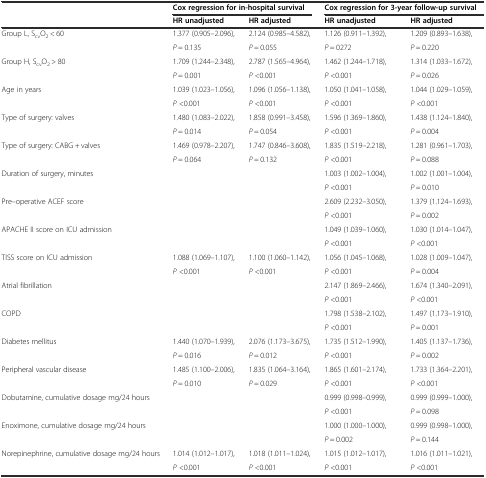
<table><thead><tr><td></td><td colspan="2"><b>Cox regression for in-hospital survival</b></td><td colspan="2"><b>Cox regression for 3-year follow-up survival</b></td></tr><tr><td></td><td><b>HR unadjusted</b></td><td><b>HR adjusted</b></td><td><b>HR unadjusted</b></td><td><b>HR adjusted</b></td></tr></thead><tbody><tr><td rowspan="2">Group L, S<sub>cv</sub>O<sub>2</sub> &lt; 60</td><td>1.377 (0.905–2.096),</td><td>2.124 (0.985–4.582),</td><td>1.126 (0.911–1.392),</td><td>1.209 (0.893–1.638),</td></tr><tr><td><i>P</i> = 0.135</td><td><i>P</i> = 0.055</td><td><i>P</i> = 0272</td><td><i>P</i> = 0.220</td></tr><tr><td rowspan="2">Group H, S<sub>cv</sub>O<sub>2</sub> &gt; 80</td><td>1.709 (1.244–2.348),</td><td>2.787 (1.565–4.964),</td><td>1.462 (1.244–1.718),</td><td>1.314 (1.033–1.672),</td></tr><tr><td><i>P</i> = 0.001</td><td><i>P</i> &lt;0.001</td><td><i>P</i> &lt;0.001</td><td><i>P</i> = 0.026</td></tr><tr><td rowspan="2">Age in years</td><td>1.039 (1.023–1.056),</td><td>1.096 (1.056–1.138),</td><td>1.050 (1.041–1.058),</td><td>1.044 (1.029–1.059),</td></tr><tr><td><i>P</i> &lt;0.001</td><td><i>P</i> &lt;0.001</td><td><i>P</i> &lt;0.001</td><td><i>P</i> &lt;0.001</td></tr><tr><td rowspan="2">Type of surgery: valves</td><td>1.480 (1.083–2.022),</td><td>1.858 (0.991–3.458),</td><td>1.596 (1.369–1.860),</td><td>1.438 (1.124–1.840),</td></tr><tr><td><i>P</i> = 0.014</td><td><i>P</i> = 0.054</td><td><i>P</i> &lt;0.001</td><td><i>P</i> = 0.004</td></tr><tr><td rowspan="2">Type of surgery: CABG + valves</td><td>1.469 (0.978–2.207),</td><td>1.747 (0.846–3.608),</td><td>1.835 (1.519–2.218),</td><td>1.281 (0.961–1.703),</td></tr><tr><td><i>P</i> = 0.064</td><td><i>P</i> = 0.132</td><td><i>P</i> &lt;0.001</td><td><i>P</i> = 0.088</td></tr><tr><td rowspan="2">Duration of surgery, minutes</td><td rowspan="2"></td><td rowspan="2"></td><td>1.003 (1.002–1.004),</td><td>1.002 (1.001–1.004),</td></tr><tr><td><i>P</i> &lt;0.001</td><td><i>P</i> = 0.010</td></tr><tr><td rowspan="2">Pre–operative ACEF score</td><td rowspan="2"></td><td rowspan="2"></td><td>2.609 (2.232–3.050),</td><td>1.379 (1.124–1.693),</td></tr><tr><td><i>P</i> &lt;0.001</td><td><i>P</i> = 0.002</td></tr><tr><td rowspan="2">APACHE II score on ICU admission</td><td rowspan="2"></td><td rowspan="2"></td><td>1.049 (1.039–1.060),</td><td>1.030 (1.014–1.047),</td></tr><tr><td><i>P</i> &lt;0.001</td><td><i>P</i> &lt;0.001</td></tr><tr><td rowspan="2">TISS score on ICU admission</td><td>1.088 (1.069–1.107),</td><td>1.100 (1.060–1.142),</td><td>1.056 (1.045–1.068),</td><td>1.028 (1.009–1.047),</td></tr><tr><td><i>P</i> &lt;0.001</td><td><i>P</i> &lt;0.001</td><td><i>P</i> &lt;0.001</td><td><i>P</i> = 0.004</td></tr><tr><td rowspan="2">Atrial fibrillation</td><td rowspan="2"></td><td rowspan="2"></td><td>2.147 (1.869–2.466),</td><td>1.674 (1.340–2.091),</td></tr><tr><td><i>P</i> &lt;0.001</td><td><i>P</i> &lt;0.001</td></tr><tr><td rowspan="2">COPD</td><td rowspan="2"></td><td rowspan="2"></td><td>1.798 (1.538–2.102),</td><td>1.497 (1.173–1.910),</td></tr><tr><td><i>P</i> &lt;0.001</td><td><i>P</i> = 0.001</td></tr><tr><td rowspan="2">Diabetes mellitus</td><td>1.440 (1.070–1.939),</td><td>2.076 (1.173–3.675),</td><td>1.735 (1.512–1.990),</td><td>1.405 (1.137–1.736),</td></tr><tr><td><i>P</i> = 0.016</td><td><i>P</i> = 0.012</td><td><i>P</i> &lt;0.001</td><td><i>P</i> = 0.002</td></tr><tr><td rowspan="2">Peripheral vascular disease</td><td>1.485 (1.100–2.006),</td><td>1.835 (1.064–3.164),</td><td>1.865 (1.601–2.174),</td><td>1.733 (1.364–2.201),</td></tr><tr><td><i>P</i> = 0.010</td><td><i>P</i> = 0.029</td><td><i>P</i> &lt;0.001</td><td><i>P</i> &lt;0.001</td></tr><tr><td rowspan="2">Dobutamine, cumulative dosage mg/24 hours</td><td rowspan="2"></td><td rowspan="2"></td><td>0.999 (0.998–0.999),</td><td>0.999 (0.999–1.000),</td></tr><tr><td><i>P</i> &lt;0.001</td><td><i>P</i> = 0.098</td></tr><tr><td rowspan="2">Enoximone, cumulative dosage mg/24 hours</td><td rowspan="2"></td><td rowspan="2"></td><td>1.000 (1.000–1.000),</td><td>0.999 (0.998–1.000),</td></tr><tr><td><i>P</i> = 0.002</td><td><i>P</i> = 0.144</td></tr><tr><td rowspan="2">Norepinephrine, cumulative dosage mg/24 hours</td><td>1.014 (1.012–1.017),</td><td>1.018 (1.011–1.024),</td><td>1.015 (1.012–1.017),</td><td>1.016 (1.011–1.021),</td></tr><tr><td><i>P</i> &lt;0.001</td><td><i>P</i> &lt;0.001</td><td><i>P</i> &lt;0.001</td><td><i>P</i> &lt;0.001</td></tr></tbody></table>